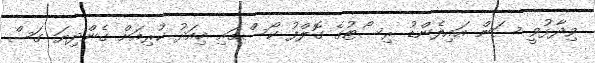
ވިދާޅުވީ ސަން އައިލެންޑު ރިސޯޓުގެ ގޮލްފު ކޯސްގައި މިއަދު ކުރިއަށް ގެންދިޔަ ގަސް